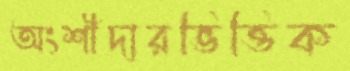
অংশীদারভিত্তিক